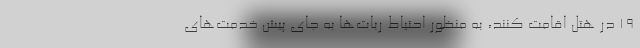
۱۹ در هتل اقامت کنند، به منظور احتیاط ربات‌ها به جای پیش خدمت‌های